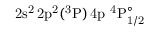
\mathrm { 2 s ^ { 2 } \, 2 p ^ { 2 } ( ^ { 3 } P ) \, 4 p ~ ^ { 4 } P _ { 1 / 2 } ^ { \circ } }